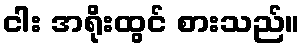
ငါး အရိုးထွင် စားသည်။